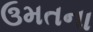
ઉમતના